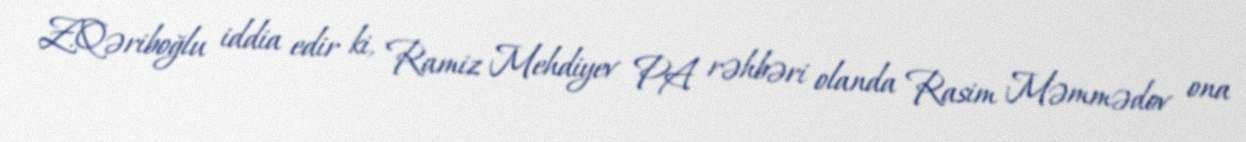
Z.Qəriboğlu iddia edir ki, Ramiz Mehdiyev PA rəhbəri olanda Rasim Məmmədov ona